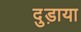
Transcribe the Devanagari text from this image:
दुड़ाया